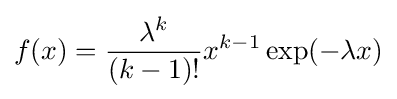
f(x)={\frac {\lambda ^{k}}{(k-1)!}}x^{k-1}\exp(-\lambda x)